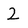
Character: 2